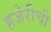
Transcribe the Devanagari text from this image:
हजेरीची